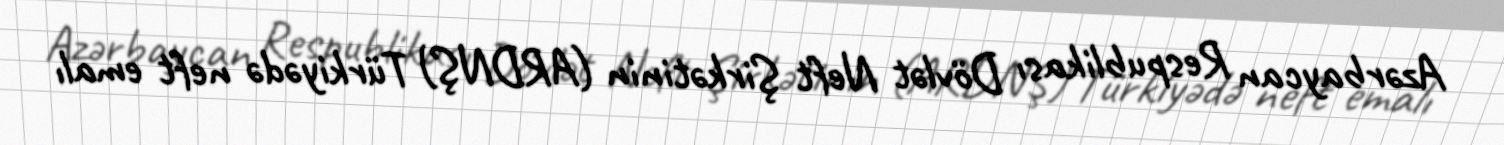
Azərbaycan Respublikası Dövlət Neft Şirkətinin (ARDNŞ) Türkiyədə neft emalı